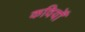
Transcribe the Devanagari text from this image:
कवियोँ